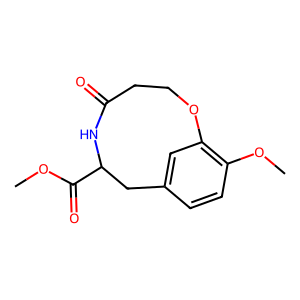
SMILES: COC(=O)C1Cc2ccc(OC)c(c2)OCCC(=O)N1
Inhibits HIV replication: No